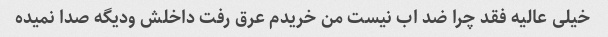
خیلی عالیه فقد چرا ضد اب نیست من خریدم عرق رفت داخلش ودیگه صدا نمیده